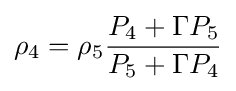
\rho _{4}=\rho _{5}{\frac {P_{4}+\Gamma P_{5}}{P_{5}+\Gamma P_{4}}}